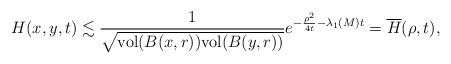
LaTeX: \begin{align*} H(x, y, t)\lesssim \frac{1}{\sqrt{\mathrm{vol}(B(x,r))\mathrm{vol}(B(y,r))}} e^{-\frac{\rho^2}{4t}-\lambda_1(M)t}=\overline{H}(\rho, t), \end{align*}